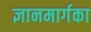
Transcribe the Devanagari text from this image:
ज्ञानमार्गका